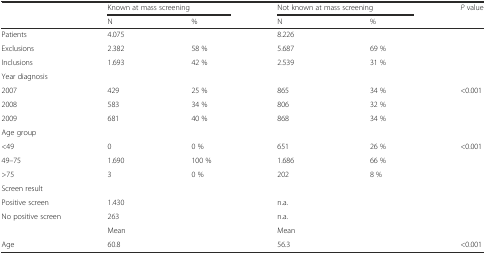
|  | <COLSPAN=2> Known at mass screening | <COLSPAN=2> Not known at mass screening | P value |
 |  | N | % | N | % |  |
 | --- | --- | --- | --- | --- | --- |
 | Patients | 4.075 |  | 8.226 |  |  |
 | Exclusions | 2.382 | 58 % | 5.687 | 69 % |  |
 | Inclusions | 1.693 | 42 % | 2.539 | 31 % |  |
 | Year diagnosis |  |  |  |  |  |
 | 2007 | 429 | 25 % | 865 | 34 % | <0.001 |
 | 2008 | 583 | 34 % | 806 | 32 % |  |
 | 2009 | 681 | 40 % | 868 | 34 % |  |
 | Age group |  |  |  |  |  |
 | <49 | 0 | 0 % | 651 | 26 % | <0.001 |
 | 49–75 | 1.690 | 100 % | 1.686 | 66 % |  |
 | >75 | 3 | 0 % | 202 | 8 % |  |
 | Screen result |  |  |  |  |  |
 | Positive screen | 1.430 |  | n.a. |  |  |
 | No positive screen | 263 |  | n.a. |  |  |
 |  | Mean |  | Mean |  |  |
 | Age | 60.8 |  | 56.3 |  | <0.001 |